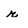
Character: r